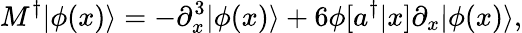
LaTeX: M^{\dagger}|\phi(x)\rangle=-\partial_{x}^{3}|\phi(x)\rangle+6\phi[a^{\dagger}|x]\partial_{x}|\phi(x)\rangle,